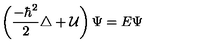
\left( { \frac { - \hbar ^ { 2 } } { 2 } } \triangle + { \cal U } \right) \Psi = E \Psi